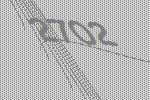
2702